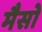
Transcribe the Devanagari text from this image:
मैसो